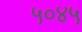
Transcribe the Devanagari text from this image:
५०४५